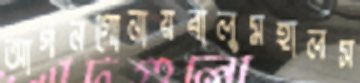
আর্গনগোনায়বালুমহালস